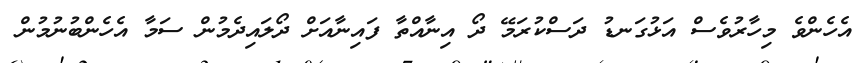
އެހެންވެ މިހާރުވެސް އަޅުގަނޑު ދަސްކުރަމޭ ދޯ އިނާއްތާ ފައިނާއަށް ދޯލައިދެމުން ސަމާ އެހެންބުނުމުން